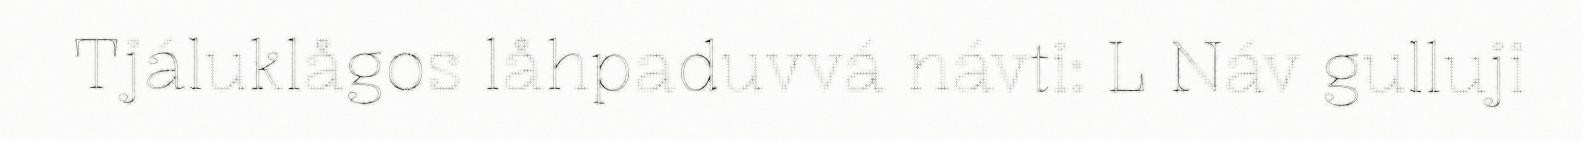
Tjáluklågos låhpaduvvá návti: L Náv gulluji